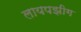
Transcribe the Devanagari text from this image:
लायपझीग